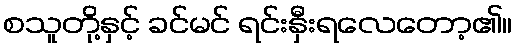
စသူတို့နှင့် ခင်မင် ရင်းနှီးရလေတော့၏။